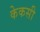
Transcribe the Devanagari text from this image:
केकसी